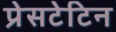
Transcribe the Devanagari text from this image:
प्रेसटेटिन